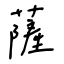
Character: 薩